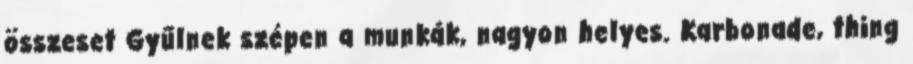
összeset Gyűlnek szépen a munkák, nagyon helyes. Karbonade, thing